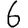
Digit: 6